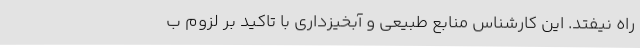
راه نیفتد. این کارشناس منابع طبیعی و آبخیزداری با تاکید بر لزوم ب